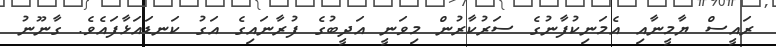
ރައީސް ޔާމީނާއި އެމަނިކުފާނުގެ ސަރުކާރުން މިވަނީ އަދީބުގެ ފުރާނައިގެ އަގު ކަނޑައަޅާފައެވެ. ގާނޫނު